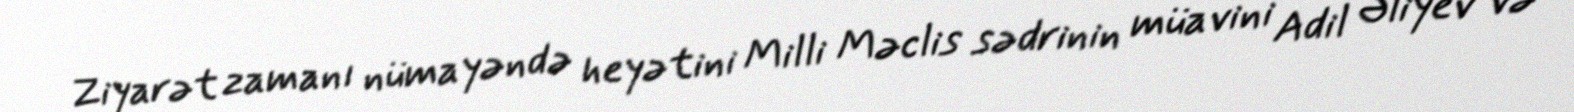
Ziyarət zamanı nümayəndə heyətini Milli Məclis sədrinin müavini Adil Əliyev və